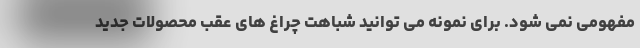
مفهومی نمی شود. برای نمونه می توانید شباهت چراغ های عقب محصولات جدید